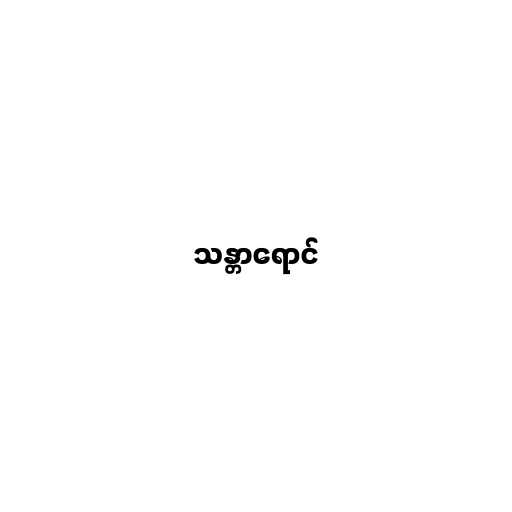
သန္တာရောင်